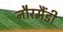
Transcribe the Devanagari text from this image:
नौरमैंडी